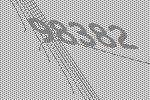
98382